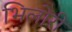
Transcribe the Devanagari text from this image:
भिलोरी